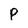
Character: P